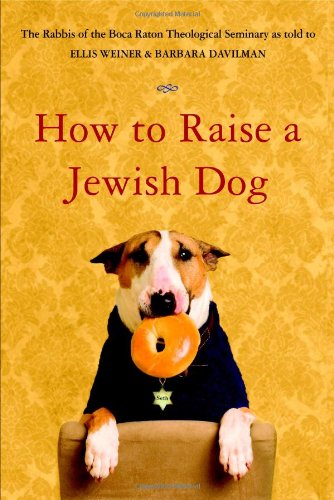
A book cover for How to Raise a Jewish Dog; Rabbis of Boca Raton Theological Seminary; Humor & Entertainment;